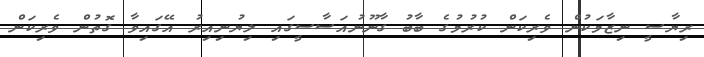
ރިޔާސީ ނިޒާމަކުން ވެރިކަން ކުރުމުގެ ބާބު ގާނޫނުއަސާސީގައި ލިޔުނިއިރު އޭގައިވާ ގޮތުން ވެރިކަން